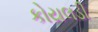
કોયલડી